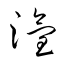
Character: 潅